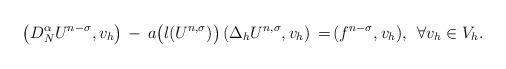
LaTeX: \begin{align*}\left( {D}^{\alpha}_{N}U^{n-\sigma}, v_h \right) \, - \, a\big(l(U^{n, \sigma})\big) \, (\Delta_h U^{n, \sigma}, v_h) \, =& \, (f^{n-\sigma}, v_h), \; \, \forall v_h \in V_h. \\\end{align*}